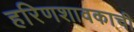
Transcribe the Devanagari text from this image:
हरिणशावकाची